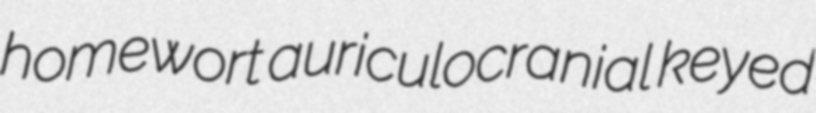
homewort auriculocranial keyed